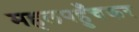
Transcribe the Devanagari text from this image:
महलपहुँचकर